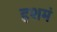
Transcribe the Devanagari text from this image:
हशमं